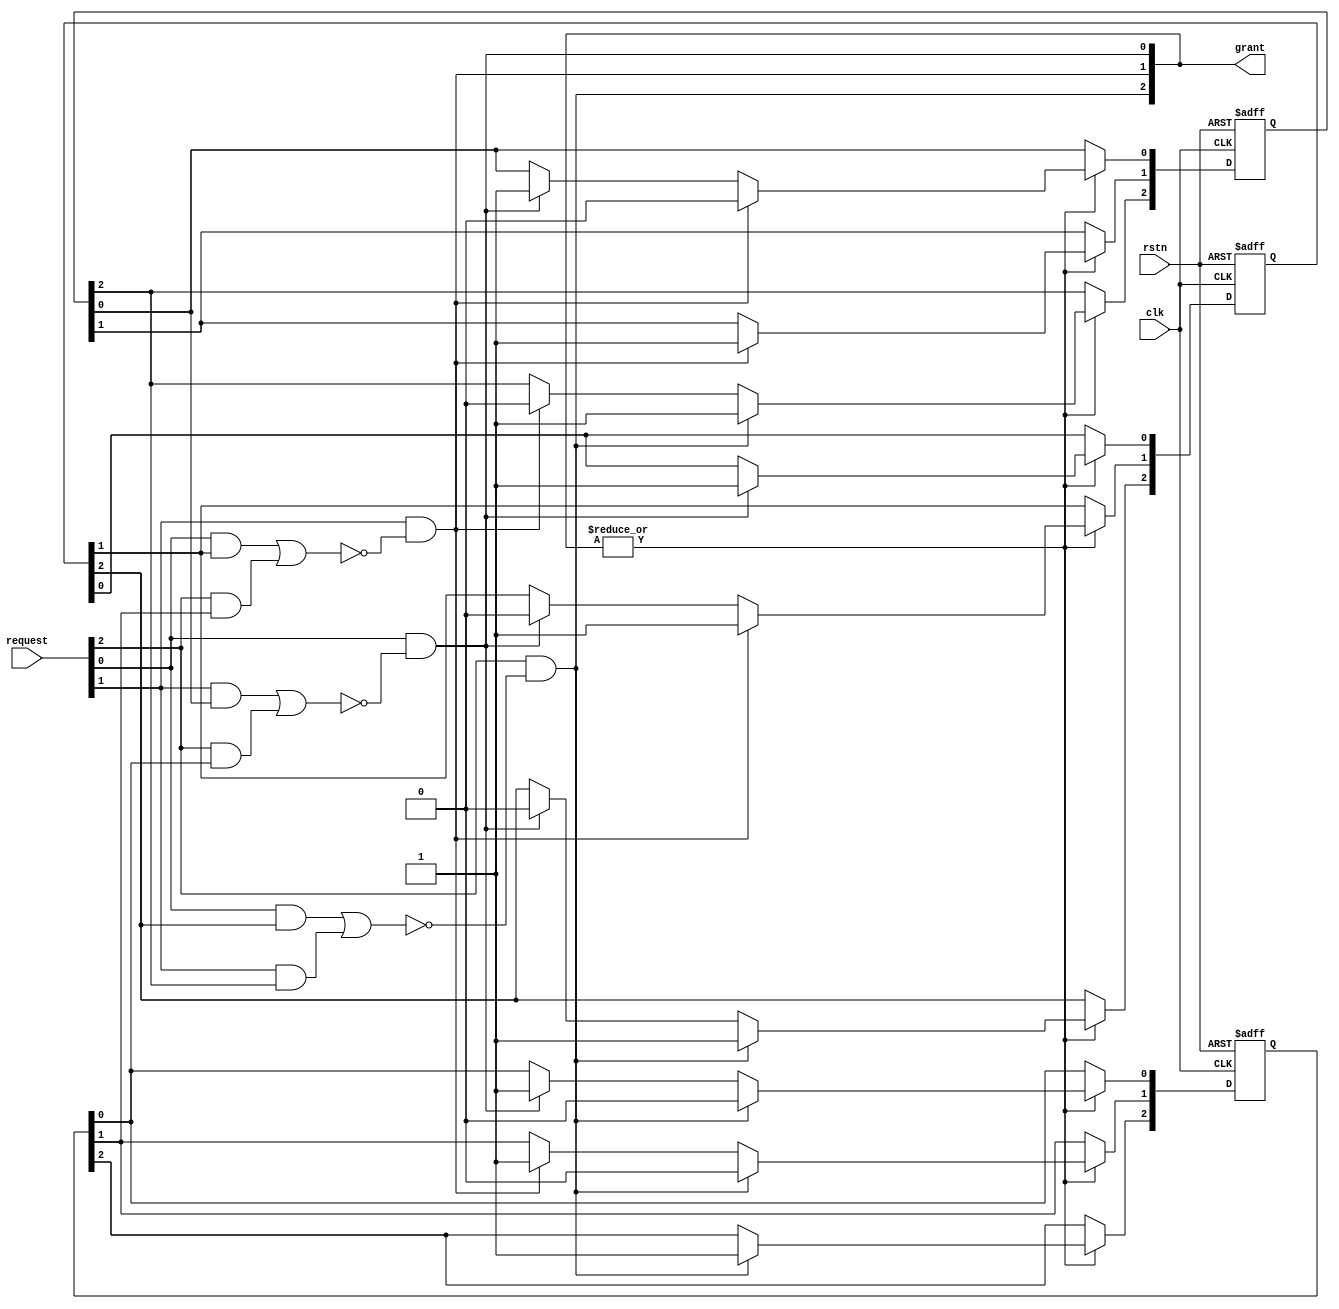
/****************************************************************************
 *   Copyright (c) 2023 Wenxu Cao
 *  
 *   Institution:      UESTC
 *   Version:          1.0
 *   Description:      This is a parameterized matrix arbiter.
 *
*****************************************************************************/

module mtx_arbiter #(
    parameter   LEN =                       3
)(
    input       wire                        clk,
    input       wire                        rstn,
    input       wire        [LEN-1:0]       request,
    output      reg         [LEN-1:0]       grant
);

integer i,j;
reg [LEN-1:0] dsbl;
reg [LEN-1:0] w [LEN-1:0]; 
// w[i][j] = 1 indicates the priority of REQi is higher than REQj
// w[i][j] = 0 indicates the priority of REQi is lower than REQj

wire update;
assign update = | grant;

always@(*) begin
    for(i=0; i<LEN; i=i+1) begin
        for(j=0; j<LEN+1; j=j+1) begin
            if(j == 0) dsbl[i] = 0;
            else if(j-1 != i) dsbl[i] = dsbl[i] | (request[j-1] & w[j-1][i]);
            else  dsbl[i] = dsbl[i];     
        end            
        grant[i] = request[i] & (~dsbl[i]);
    end
end

always@(posedge clk or negedge rstn) begin
    if(~rstn) begin
        for(i=0; i<LEN; i=i+1) begin
            for(j=0; j<LEN; j=j+1) begin
                if(i>j) w[i][j] <= 0;
                else w[i][j] <= 1;
                //after reset,REQ0 has the highest priority
            end
        end
    end else begin
        if(update) begin
            for(i=0; i<LEN; i=i+1) begin
                if(grant[i]) begin
                    for(j=0; j<LEN; j=j+1) begin
                        w[i][j] <= 0;
                        w[j][i] <= 1;
                    end
                end
            end
        end
    end
end

endmodule